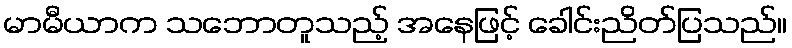
မာမီယာက သဘောတူသည့် အနေဖြင့် ခေါင်းညိတ်ပြသည်။